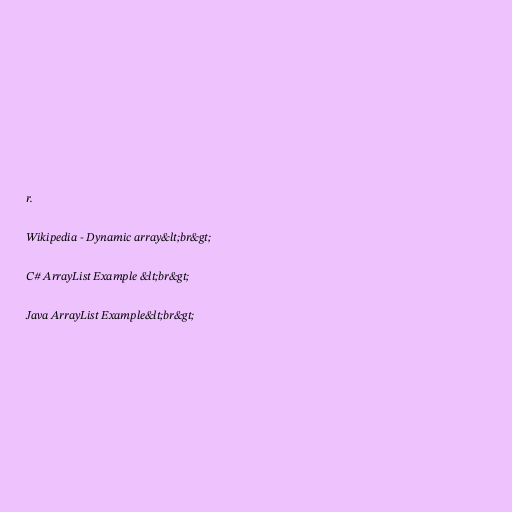
r.

Wikipedia - Dynamic array&lt;br&gt;

C# ArrayList Example &lt;br&gt;

Java ArrayList Example&lt;br&gt;